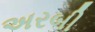
અરબી